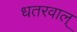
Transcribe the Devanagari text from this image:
धतरवाल्